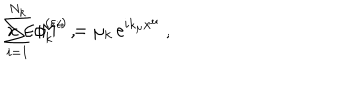
\sum _ { i = 1 } ^ { N _ { k } } \phi _ { k } ^ { ( \varepsilon _ { i } ) } = \mu _ { k } \, \mathrm { e } ^ { i k _ { \mu } x ^ { \mu } } \; , \hspace { 1 c m } x \in { \sf M } ^ { 4 } \; ,